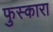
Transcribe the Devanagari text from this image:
फुस्कारा